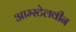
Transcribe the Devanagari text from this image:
आम्स्टेलवीन